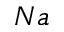
N a